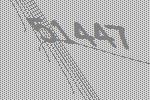
51447